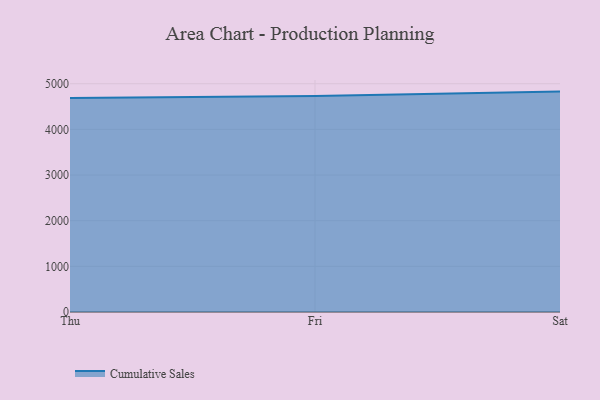
{"axis": {"x": "Day", "y": "LTV (USD)"}, "legend": ["Cumulative Sales"], "data": [{"x": "Thu", "y": 4685.3, "type": "Cumulative Sales"}, {"x": "Fri", "y": 4733.3, "type": "Cumulative Sales"}, {"x": "Sat", "y": 4828.1, "type": "Cumulative Sales"}]}